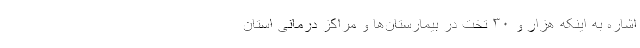
اشاره به اینکه هزار و ۳۰ تخت در بیمارستان‌ها و مراکز درمانی استان